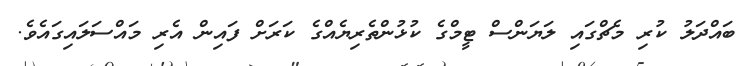
ބައްދަލު ކުރި މެޗްގައި ލަޔަންސް ޓީމްގެ ކުޅުންތެރިޔެއްގެ ކަރަށް ފައިން އެރި މައްސަލައިގައެވެ.